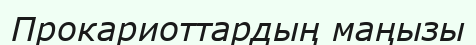
Прокариоттардың маңызы